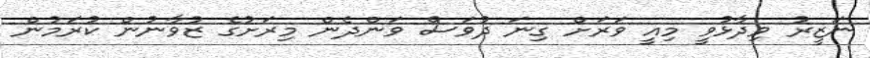
ނަޒީރު ވިދާޅުވީ މިއީ ވަރަށް ގިނަ ދުވަސް ވަންދެން މިރަށުގެ ޒުވާނުން ކުރަމުން